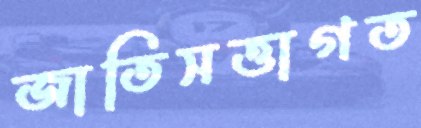
জাতিসত্তাগত